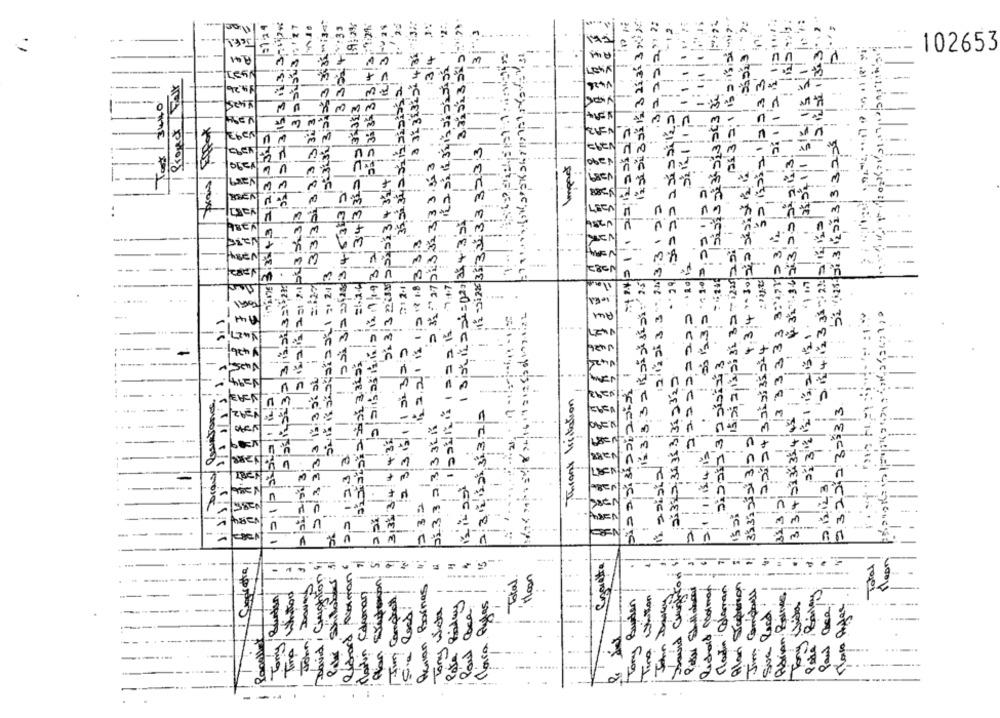
124
19:0%
23 5 35 35 3 |3|4 |3- 124
13/4 1
2222
-12
A1 3 2:1/B 2 12 -17
1.
102653
M
23153143
Project Fair
-
-
:
3440
3/14 :343312,2536313
-
MA
34523-43
país/ ESfox
Im men
51 .41. 513 2013 33,25
12 -31225 33 331.33 323;3
254112
Tors
+32.16/23,25242113
33 351 33.3
51 3 3238|221513 4 324
2 3 - 27 023 31. 3, 3 3.36
10
2/23
Dai32 2518 3;48332
n
515.6|221 212432233
n
n
84|123 352.4 12
1717 3:33+3
2 12 33 331
3 3 3, 3 3 3 3ALTID 31L
162211212418333
-
Patatas ( 1 / 1932
2.122
12.1
29
2x32|3|1.24 321,225
12 3:3.3 2 Raisistas 25
2:32 2162551 "1
me
123331121325
22:24/3312: 35214
bishais'S GAL Baiss
5 5/ 8 3/3/3 133,58sb
biaadidasiasia
3:315 3131 3/31 2322
Foran/ bastones!
Thank licitation
3 34|233:35-445
234123322
2322932333
51 3 .3 2. 3/3 3LK
31.33 isi 3:20
3133 34 4 433
1:2:3 3
is sista.
boxest
21123
AM
-
232
353:21
3,35 2
38
n
-
-
A
Mean
1 Cuprate
Total
David / Cushion
Richard Roman
Total
Jan Bornes
Richard Podmet
Alan Streperson
Im Compaus
Cdemar
Adrian Baines
Read
Rap Ages
Recalled
Time
Suc
Tony